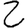
Digit: 2